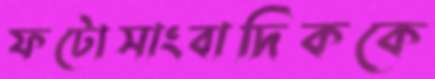
ফটোসাংবাদিককে